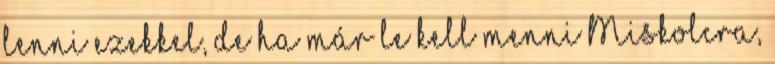
lenni ezekkel, de ha már le kell menni Miskolcra,